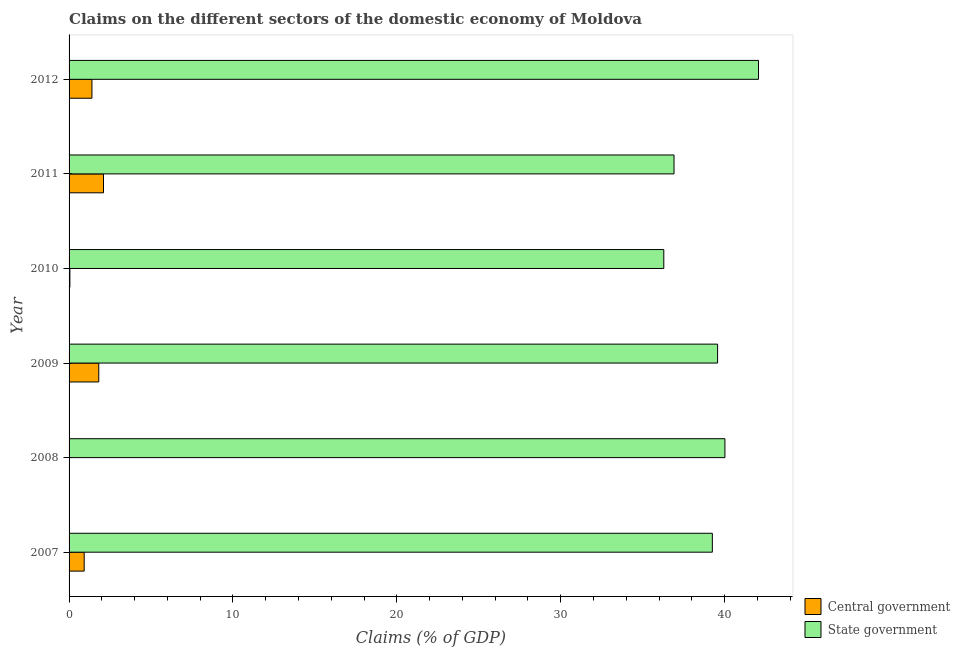
| Year | Central government | State government |
 | --- | --- | --- |
 | 2007 | 0.922 | 39.2 |
 | 2008 | -0.256 | 40 |
 | 2009 | 1.81 | 39.6 |
 | 2010 | 0.0493 | 36.3 |
 | 2011 | 2.1 | 36.9 |
 | 2012 | 1.39 | 42.1 |